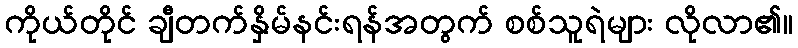
ကိုယ်တိုင် ချီတက်နှိမ်နင်းရန်အတွက် စစ်သူရဲများ လိုလာ၏။